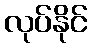
လုပ်နိုင်